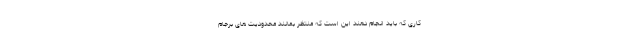
کاری که باید انجام دهند این است که منتظر بمانند محدودیت های برجام